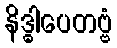
နိဒ္ဓါပေတဗ္ဗံ